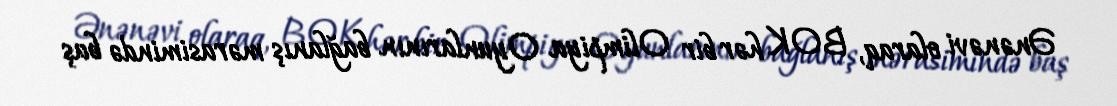
Ənənəvi olaraq, BOK hər bir Olimpiya Oyunlarının bağlanış mərasimində baş